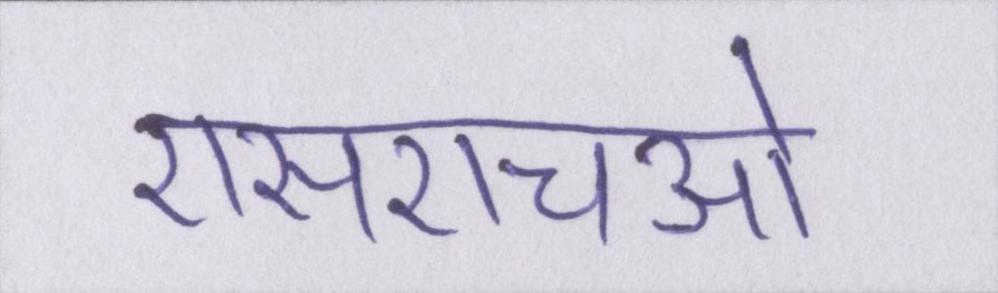
एसएचओ